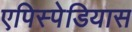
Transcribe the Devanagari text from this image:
एपिस्पेडियास